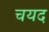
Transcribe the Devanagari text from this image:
चयद